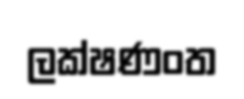
ලක්ෂණංත